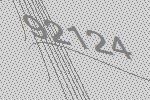
92124